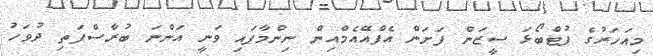
މިއަހަރުގެ ފުޓްބޯޅަ ސީޒަން ފަށަން އެފްއޭއެމްއިން ނިންމާފައި ވަނީ އަންނަ ބުރާސްފަތި ދުވަހު